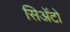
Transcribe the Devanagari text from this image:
सिअॅटो